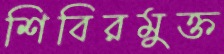
শিবিরমুক্ত